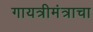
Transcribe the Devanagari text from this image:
गायत्रीमंत्राचा